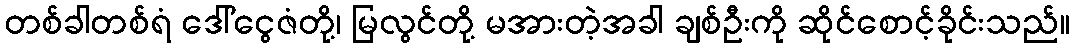
တစ်ခါတစ်ရံ ဒေါ်ငွေဇံတို့၊ မြလွင်တို့ မအားတဲ့အခါ ချစ်ဦးကို ဆိုင်စောင့်ခိုင်းသည်။